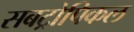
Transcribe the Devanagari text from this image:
सबट्रोपिकल